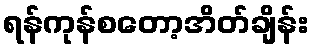
ရန်ကုန်စတော့အိတ်ချိန်း